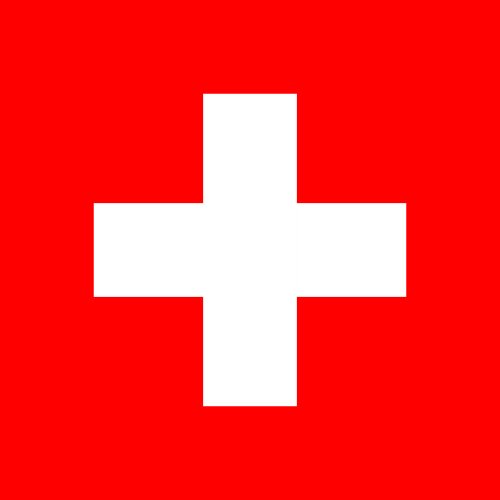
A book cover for Switzerland in International Tax Law; Xavier Oberson; Law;